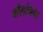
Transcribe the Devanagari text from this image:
बौलोमचा